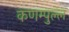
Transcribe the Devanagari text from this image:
कणम्पुल्ल